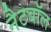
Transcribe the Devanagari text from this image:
नैटबॉल